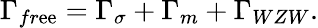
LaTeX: \Gamma_{fr\mathrm{e}\mathrm{e}}=\Gamma_{\sigma}+\Gamma_{m}+\Gamma_{WZW}.